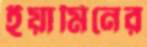
ইয়ামিনের